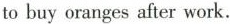
to buy oranges after work.